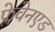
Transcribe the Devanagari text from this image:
फ्लेवेनएड